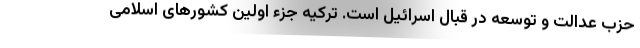
حزب عدالت و توسعه در قبال اسرائیل است. ترکیه جزء اولین کشور‌های اسلامی